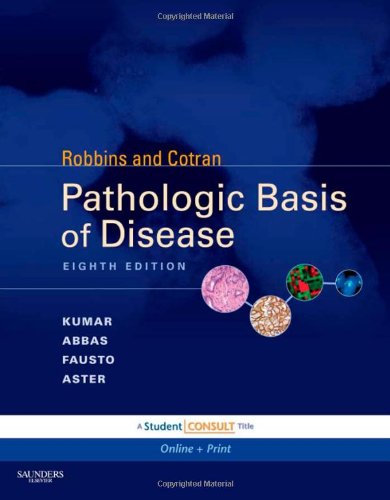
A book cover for Robbins & Cotran Pathologic Basis of Disease: With STUDENT CONSULT Online Access, 8e (Robbins Pathology); Vinay Kumar; Medical Books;